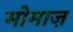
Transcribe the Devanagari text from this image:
मोमाज़